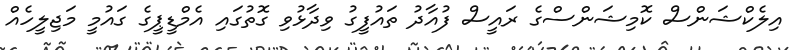
އިލެކްޝަންސް ކޮމިޝަންސްގެ ރައީސް ފުއާދު ތައުފީގު ވިދާޅުވި ގޮތުގައި އެމްޑީޕީގެ ގައުމީ މަޖިލީހެއް